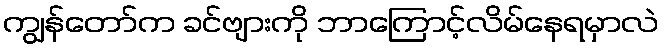
ကျွန်တော်က ခင်ဗျားကို ဘာကြောင့်လိမ်နေရမှာလဲ